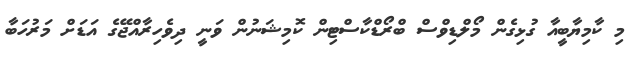
މި ކާމިޔާބީއާ ގުޅިގެން މޯލްޑިވްސް ބްރޯޑްކާސްޓިން ކޮމިޝަނުން ވަނީ ދިވެހިރާއްޖޭގެ އަޑަށް މަރުހަބާ